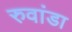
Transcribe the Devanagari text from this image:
रुवांडा